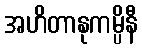
အဟိတာနုကမ္ပိနီ